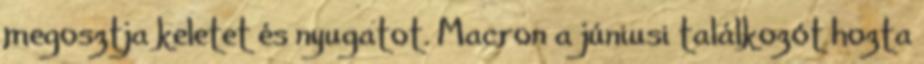
megosztja keletet és nyugatot. Macron a júniusi találkozót hozta